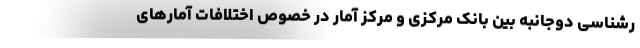
رشناسی دوجانبه بین بانک مرکزی و مرکز آمار در خصوص اختلافات آمارهای